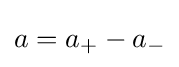
a=a_{+}-a_{-}